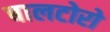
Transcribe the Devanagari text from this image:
बालटोरो